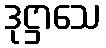
ဒုဋ္ဌာသေ